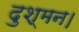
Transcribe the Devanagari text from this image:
दुश्मन।